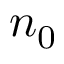
n _ { 0 }